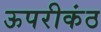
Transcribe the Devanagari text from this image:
ऊपरीकंठ